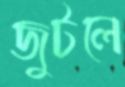
জুটলে